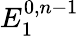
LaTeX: E_{1}^{0,n-1}